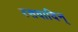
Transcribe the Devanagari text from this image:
रसवादिन्